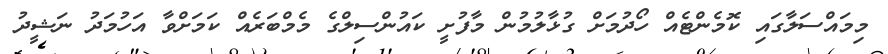
މިމައްސަލާގައި ކޮމެންޓެއް ހޯދުމަށް ގުޅާލުމުން މާފުށީ ކައުންސިލްގެ މެމްބަރެއް ކަމަށްވާ އަހުމަދު ނަޝީދު